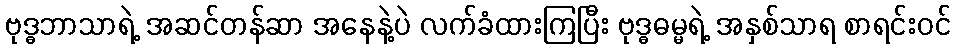
ဗုဒ္ဓဘာသာရဲ့ အဆင်တန်ဆာ အနေနဲ့ပဲ လက်ခံထားကြပြီး ဗုဒ္ဓဓမ္မရဲ့ အနှစ်သာရ စာရင်းဝင်